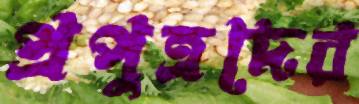
প্রপুত্রদের